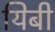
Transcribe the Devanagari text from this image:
यिबी